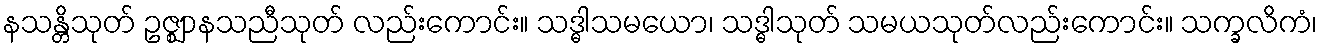
နသန္တိသုတ် ဥဇ္ဈာနသညီသုတ် လည်းကောင်း။ သဒ္ဓါသမယော၊ သဒ္ဓါသုတ် သမယသုတ်လည်းကောင်း။ သက္ခလိကံ၊